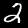
Digit: 2